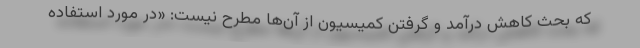
که بحث کاهش درآمد و گرفتن کمیسیون از آن‌ها مطرح نیست: «در مورد استفاده